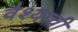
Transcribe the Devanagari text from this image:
वैश्याची